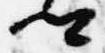
卿